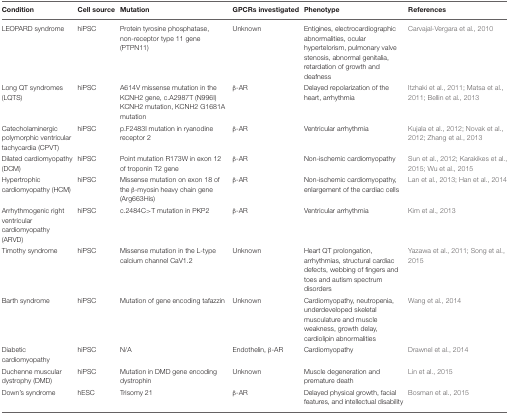
<table><thead><tr><td><b>Condition</b></td><td><b>Cell source</b></td><td><b>Mutation</b></td><td><b>GPCRs investigated</b></td><td><b>Phenotype</b></td><td><b>References</b></td></tr></thead><tbody><tr><td>LEOPARD syndrome</td><td>hiPSC</td><td>Protein tyrosine phosphatase, non-receptor type 11 gene (PTPN11)</td><td>Unknown</td><td>Entigines, electrocardiographic abnormalities, ocular hypertelorism, pulmonary valve stenosis, abnormal genitalia, retardation of growth and deafness</td><td>Carvajal-Vergara et al., 2010</td></tr><tr><td>Long QT syndromes (LQTS)</td><td>hiPSC</td><td>A614V missense mutation in the KCNH2 gene, c.A2987T (N996I) KCNH2 mutation, KCNH2 G1681A mutation</td><td>β-AR</td><td>Delayed repolarization of the heart, arrhythmia</td><td>Itzhaki et al., 2011; Matsa et al., 2011; Bellin et al., 2013</td></tr><tr><td>Catecholaminergic polymorphic ventricular tachycardia (CPVT)</td><td>hiPSC</td><td>p.F2483I mutation in ryanodine receptor 2</td><td>β-AR</td><td>Ventricular arrhythmia</td><td>Kujala et al., 2012; Novak et al., 2012; Zhang et al., 2013</td></tr><tr><td>Dilated cardiomyopathy (DCM)</td><td>hiPSC</td><td>Point mutation R173W in exon 12 of troponin T2 gene</td><td>β-AR</td><td>Non-ischemic cardiomyopathy</td><td>Sun et al., 2012; Karakikes et al., 2015; Wu et al., 2015</td></tr><tr><td>Hypertrophic cardiomyopathy (HCM)</td><td>hiPSC</td><td>Missense mutation on exon 18 of the β-myosin heavy chain gene (Arg663His)</td><td>β-AR</td><td>Non-ischemic cardiomyopathy, enlargement of the cardiac cells</td><td>Lan et al., 2013; Han et al., 2014</td></tr><tr><td>Arrhythmogenic right ventricular cardiomyopathy (ARVD)</td><td>hiPSC</td><td>c.2484C&gt;T mutation in PKP2</td><td>β-AR</td><td>Ventricular arrhythmia</td><td>Kim et al., 2013</td></tr><tr><td>Timothy syndrome</td><td>hiPSC</td><td>Missense mutation in the L-type calcium channel CaV1.2</td><td>Unknown</td><td>Heart QT prolongation, arrhythmias, structural cardiac defects, webbing of fingers and toes and autism spectrum disorders</td><td>Yazawa et al., 2011; Song et al., 2015</td></tr><tr><td>Barth syndrome</td><td>hiPSC</td><td>Mutation of gene encoding tafazzin</td><td>Unknown</td><td>Cardiomyopathy, neutropenia, underdeveloped skeletal musculature and muscle weakness, growth delay, cardiolipin abnormalities</td><td>Wang et al., 2014</td></tr><tr><td>Diabetic cardiomyopathy</td><td>hiPSC</td><td>N/A</td><td>Endothelin, β-AR</td><td>Cardiomyopathy</td><td>Drawnel et al., 2014</td></tr><tr><td>Duchenne muscular dystrophy (DMD)</td><td>hiPSC</td><td>Mutation in DMD gene encoding dystrophin</td><td>Unknown</td><td>Muscle degeneration and premature death</td><td>Lin et al., 2015</td></tr><tr><td>Down&#x27;s syndrome</td><td>hESC</td><td>Trisomy 21</td><td>β-AR</td><td>Delayed physical growth, facial features, and intellectual disability</td><td>Bosman et al., 2015</td></tr></tbody></table>